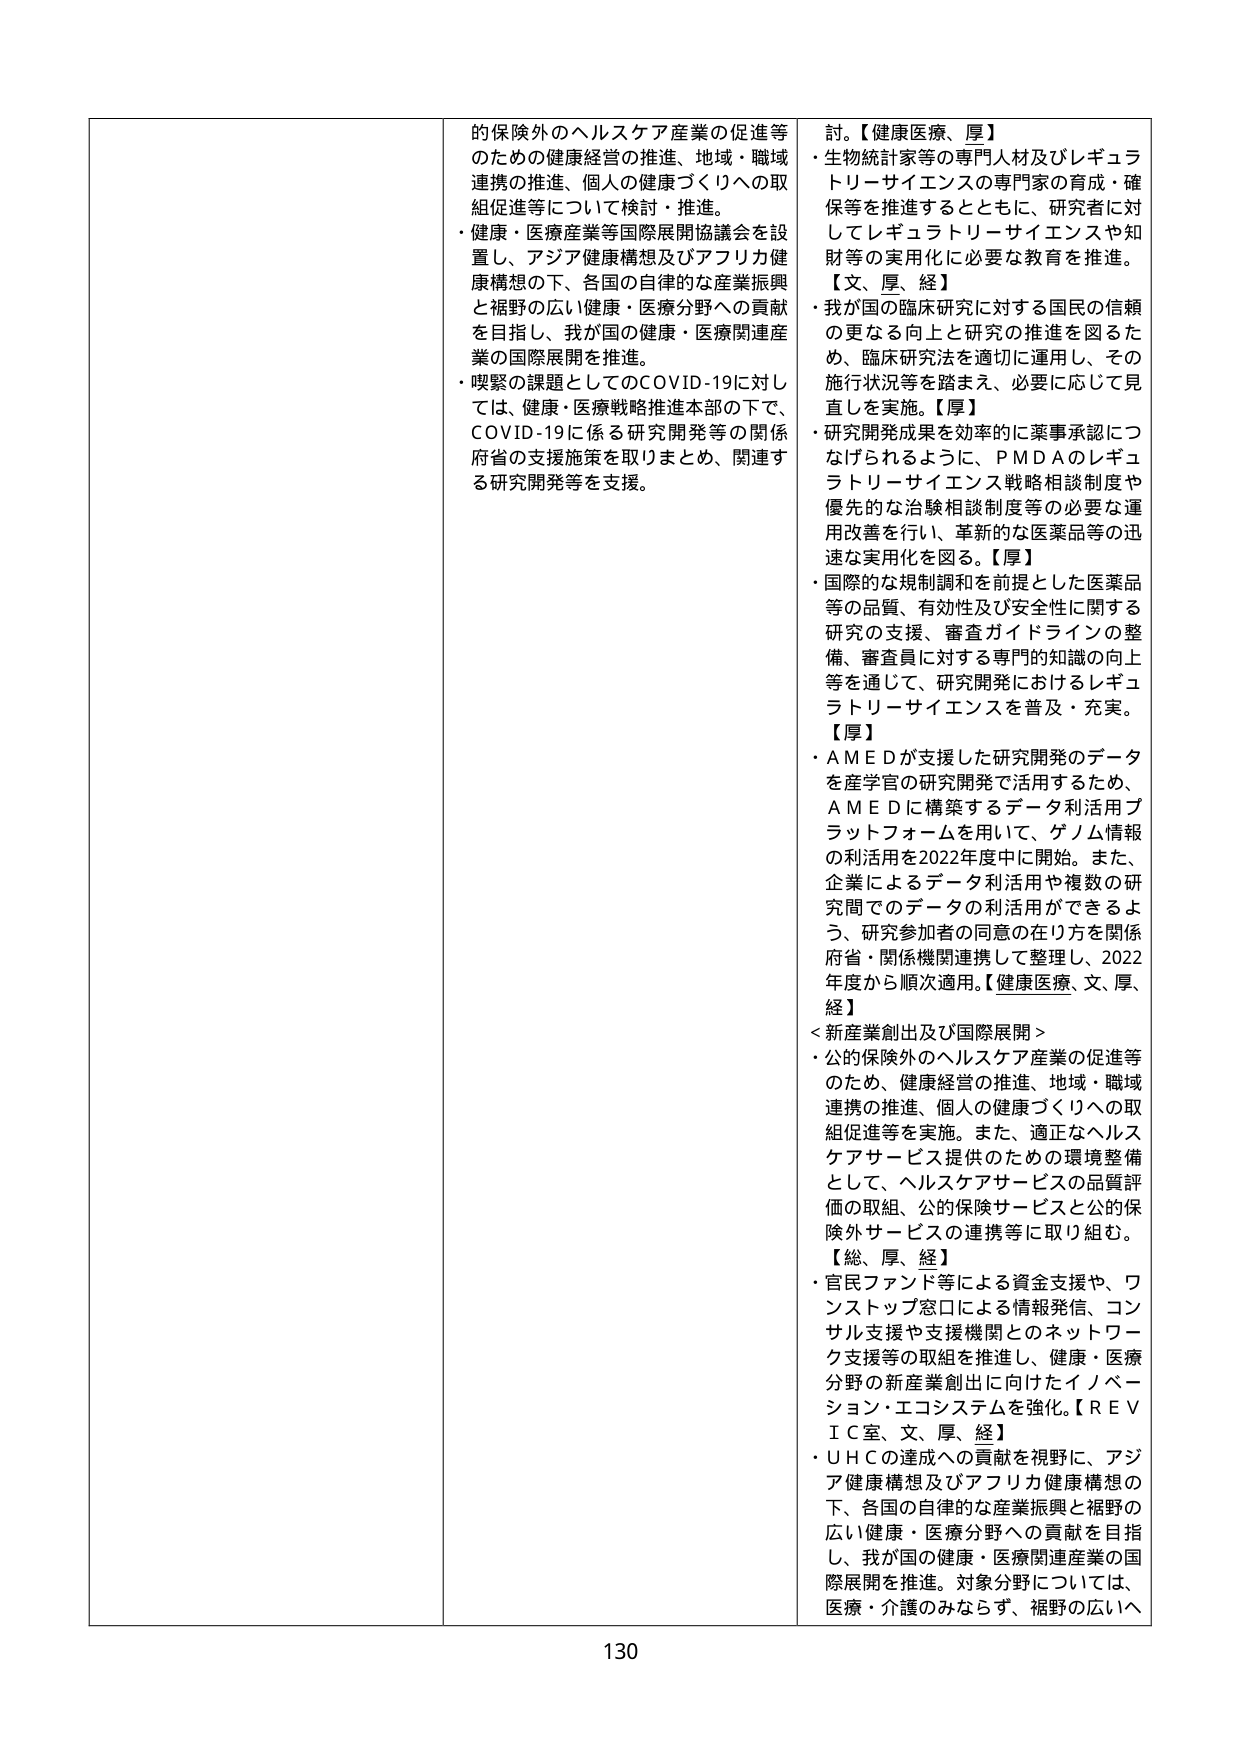
的保険外のヘルスケア産業の促進等
のための健康経営の推進、地域・職域
連携の推進、個人の健康づくりへの取
組促進等について検討・推進。
・健康・医療産業等国際展開協議会を設
置し、アジア健康構想及びアフリカ健
康構想の下、各国の自律的な産業振興
と裾野の広い健康・医療分野への貢献
を目指し、我が国の健康・医療関連産
業の国際展開を推進。
・喫緊の課題としてのCOVID-19に対し
ては、健康・医療戦略推進本部の下で、
COVID-19に係る研究開発等の関係
府省の支援施策を取りまとめ、関連す
る研究開発等を支援。
討。【健康医療、厚】
・生物統計家等の専門人材及びレギュラ
トリーサイエンスの専門家の育成・確
保等を推進するとともに、研究者に対
してレギュラトリーサイエンスや知
財等の実用化に必要な教育を推進。
【文、厚、経】
・我が国の臨床研究に対する国民の信頼
の更なる向上と研究の推進を図るた
め、臨床研究法を適切に運用し、その
施行状況等を踏まえ、必要に応じて見
直しを実施。【厚】
・研究開発成果を効率的に薬事承認につ
なげられるように、PMDAのレギュ
ラトリーサイエンス戦略相談制度や
優先的な治験相談制度等の必要な運
用改善を行い、革新的な医薬品等の迅
速な実用化を図る。【厚】
・国際的な規制調和を前提とした医薬品
等の品質、有効性及び安全性に関する
研究の支援、審査ガイドラインの整
備、審査員に対する専門的知識の向上
等を通じて、研究開発におけるレギュ
ラトリーサイエンスを普及・充実。
【厚】
・AMEDが支援した研究開発のデータ
を産学官の研究開発で活用するため、
AMEDに構築するデータ利活用プ
ラットフォームを用いて、ゲノム情報
の利活用を2022年度中に開始。また、
企業によるデータ利活用や複数の研
究間でのデータの利活用ができるよ
う、研究参加者の同意の在り方を関係
府省・関係機関連携して整理し、2022
年度から順次適用。【健康医療、文、厚、
経】
＜新産業創出及び国際展開＞
・公的保険外のヘルスケア産業の促進等
のため、健康経営の推進、地域・職域
連携の推進、個人の健康づくりへの取
組促進等を実施。また、適正なヘルス
ケアサービス提供のための環境整備
として、ヘルスケアサービスの品質評
価の取組、公的保険サービスと公的保
険外サービスの連携等に取り組む。
【総、厚、経】
・官民ファンド等による資金支援や、ワ
ンストップ窓口による情報発信、コン
サル支援や支援機関とのネットワー
ク支援等の取組を推進し、健康・医療
分野の新産業創出に向けたイノベー
ション・エコシステムを強化。【REVI
C室、文、厚、経】
・UHCの達成への貢献を視野に、アジ
ア健康構想及びアフリカ健康構想の
下、各国の自律的な産業振興と裾野の
広い健康・医療分野への貢献を目指
し、我が国の健康・医療関連産業の国
際展開を推進。対象分野については、
医療・介護のみならず、裾野の広いへ
130